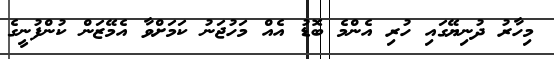
މިހާރު ދުނިޔޭގައި ހުރި އެންމެ ބޮޑު އެއް މަހުޖަނު ކަމަށްވާ އެމޭޒަން ކުންފުނީގެ